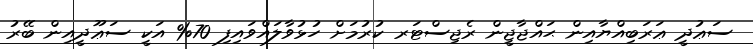
ސަޢުދީ ޢަރަބިއްޔާއިން ޙައްޖާޖީން ރެޖިސްޓަރ ކުރުމަށް ހުޅުވާލައްވައިފި 70% އަކީ ސަޢޫދީއިން ބޭރު